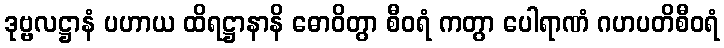
ဒုဗ္ဗလဋ္ဌာနံ ပဟာယ ထိရဋ္ဌာနာနိ ဓောဝိတွာ စီဝရံ ကတွာ ပေါရာဏံ ဂဟပတိစီဝရံ